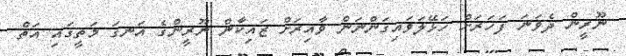
ނޫޫރީން ދެވަނަ ފަހަރަށް ހަޅޭލަވައިގަންނަން ވާއިރަށް ޒައިކާން ނޫރީންގެ އަނގަ މަތީގައި އަތް